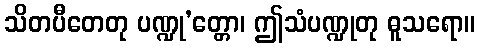
သိတပီတေတု ပဏ္ဍု’တ္တော၊ ဤသံပဏ္ဍုတု ဓူသရော။